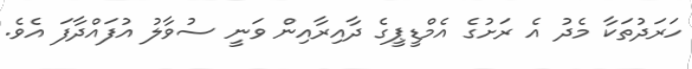
ހަރަދުތަކާ މެދު އެ ރަށުގެ އެމްޑީޕީގެ ދާއިރާއިން ވަނީ ސުވާލު އުފައްދާފަ އެވެ.